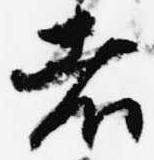
者